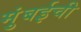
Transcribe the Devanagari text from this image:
मुुंबईची